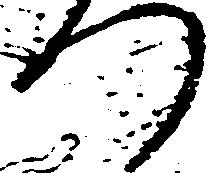
つ